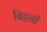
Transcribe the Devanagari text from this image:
ब्रिट्टनी